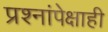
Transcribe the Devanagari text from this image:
प्रश्नांपेक्षाही